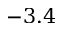
- 3 . 4